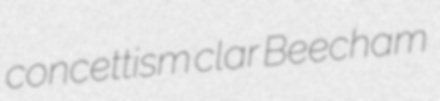
concettism clar Beecham